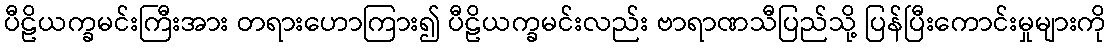
ပီဠိယက္ခမင်းကြီးအား တရားဟောကြား၍ ပီဠိယက္ခမင်းလည်း ဗာရာဏသီပြည်သို့ ပြန်ပြီးကောင်းမှုများကို